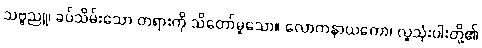
သဗ္ဗညူ၊ ခပ်သိမ်းသော တရားကို သိတော်မူသော။ လောကနာယကော၊ လူသုံးပါးတို့၏